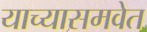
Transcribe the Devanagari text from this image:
याच्यासमवेत